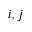
i , j